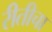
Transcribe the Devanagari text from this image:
रीतीचा